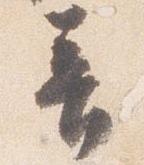
音